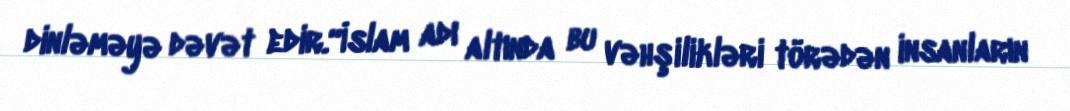
dinləməyə dəvət edir.“İslam adı altında bu vəhşilikləri törədən insanların